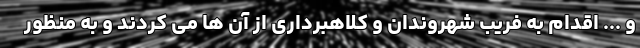
و ... اقدام به فریب شهروندان و کلاهبرداری از آن ها می کردند و به منظور